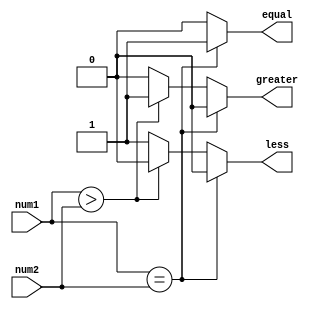
module fixed_point_comparator (
  input signed [7:0] num1,  // Input fixed-point number 1
  input signed [7:0] num2,  // Input fixed-point number 2
  output reg equal,         // Output signal indicating if num1 is equal to num2
  output reg greater,       // Output signal indicating if num1 is greater than num2
  output reg less           // Output signal indicating if num1 is less than num2
);

  always @(*) begin
    if (num1 == num2) begin
      equal = 1;
      greater = 0;
      less = 0;
    end else if (num1 > num2) begin
      equal = 0;
      greater = 1;
      less = 0;
    end else begin
      equal = 0;
      greater = 0;
      less = 1;
    end
  end

endmodule